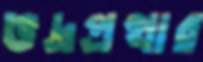
ভদ্রপ্রথার